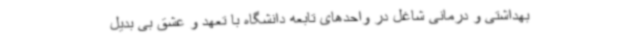
بهداشتی و درمانی شاغل در واحدهای تابعه دانشگاه با تعهد و عشق بی بدیل